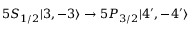
5 S _ { 1 / 2 } | 3 , - 3 \rangle \rightarrow 5 P _ { 3 / 2 } | 4 ^ { \prime } , - 4 ^ { \prime } \rangle